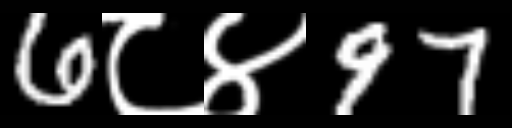
Text: 6८४97